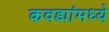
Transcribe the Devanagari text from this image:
कवड्यांमध्ये